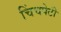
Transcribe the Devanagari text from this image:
चिंचपेटी